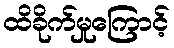
ထိခိုက်မှုကြောင့်